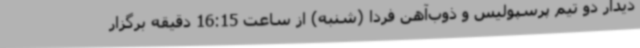
دیدار دو تیم پرسپولیس و ذوب‌آهن فردا (شنبه) از ساعت 16:15 دقیقه برگزار